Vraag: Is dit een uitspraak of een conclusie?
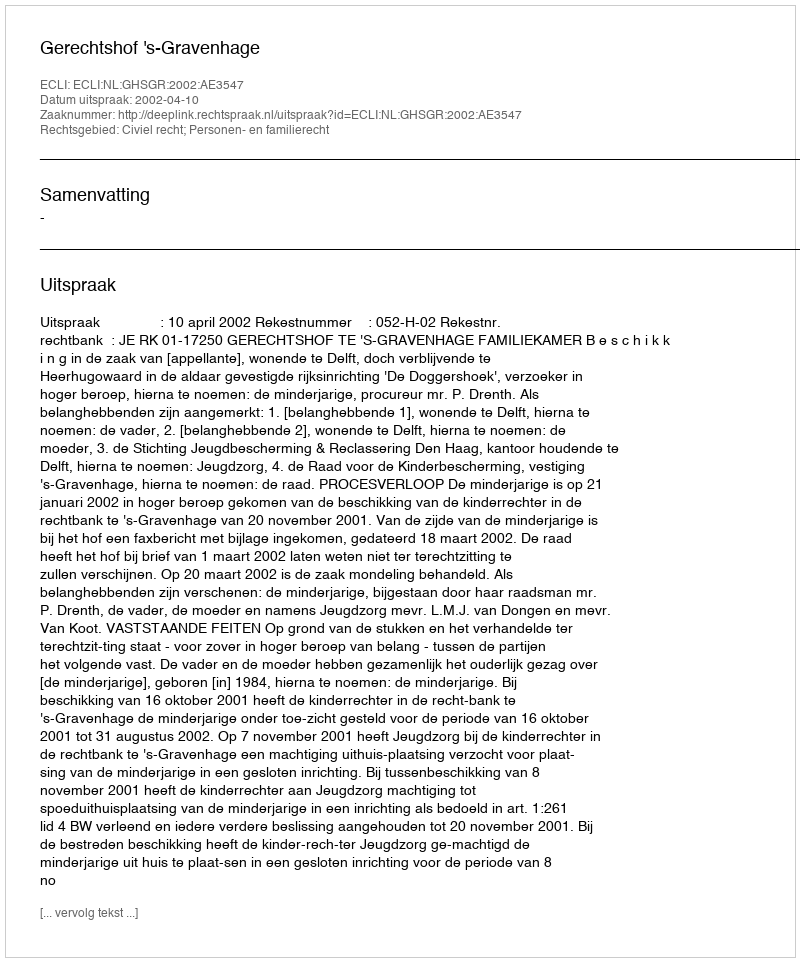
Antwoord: Uitspraak